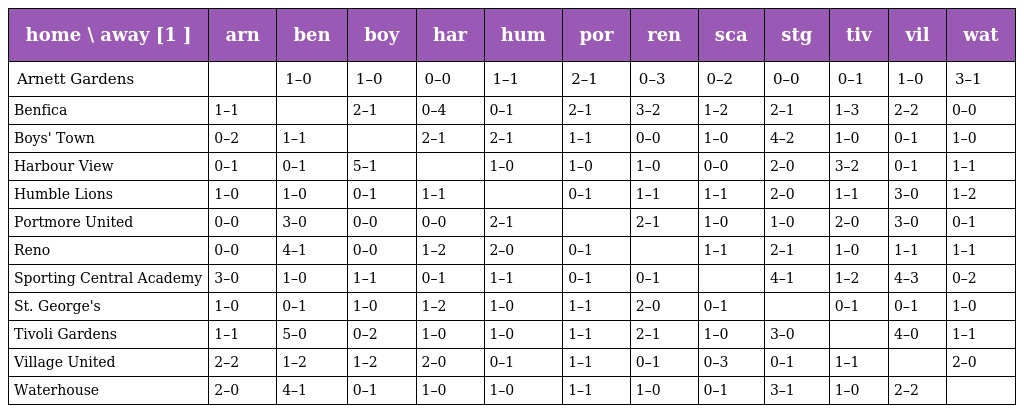
| home \ away [1 ] | arn | ben | boy | har | hum | por | ren | sca | stg | tiv | vil | wat |
 | --- | --- | --- | --- | --- | --- | --- | --- | --- | --- | --- | --- | --- |
 | Arnett Gardens |  | 1–0 | 1–0 | 0–0 | 1–1 | 2–1 | 0–3 | 0–2 | 0–0 | 0–1 | 1–0 | 3–1 |
 | Benfica | 1–1 |  | 2–1 | 0–4 | 0–1 | 2–1 | 3–2 | 1–2 | 2–1 | 1–3 | 2–2 | 0–0 |
 | Boys' Town | 0–2 | 1–1 |  | 2–1 | 2–1 | 1–1 | 0–0 | 1–0 | 4–2 | 1–0 | 0–1 | 1–0 |
 | Harbour View | 0–1 | 0–1 | 5–1 |  | 1–0 | 1–0 | 1–0 | 0–0 | 2–0 | 3–2 | 0–1 | 1–1 |
 | Humble Lions | 1–0 | 1–0 | 0–1 | 1–1 |  | 0–1 | 1–1 | 1–1 | 2–0 | 1–1 | 3–0 | 1–2 |
 | Portmore United | 0–0 | 3–0 | 0–0 | 0–0 | 2–1 |  | 2–1 | 1–0 | 1–0 | 2–0 | 3–0 | 0–1 |
 | Reno | 0–0 | 4–1 | 0–0 | 1–2 | 2–0 | 0–1 |  | 1–1 | 2–1 | 1–0 | 1–1 | 1–1 |
 | Sporting Central Academy | 3–0 | 1–0 | 1–1 | 0–1 | 1–1 | 0–1 | 0–1 |  | 4–1 | 1–2 | 4–3 | 0–2 |
 | St. George's | 1–0 | 0–1 | 1–0 | 1–2 | 1–0 | 1–1 | 2–0 | 0–1 |  | 0–1 | 0–1 | 1–0 |
 | Tivoli Gardens | 1–1 | 5–0 | 0–2 | 1–0 | 1–0 | 1–1 | 2–1 | 1–0 | 3–0 |  | 4–0 | 1–1 |
 | Village United | 2–2 | 1–2 | 1–2 | 2–0 | 0–1 | 1–1 | 0–1 | 0–3 | 0–1 | 1–1 |  | 2–0 |
 | Waterhouse | 2–0 | 4–1 | 0–1 | 1–0 | 1–0 | 1–1 | 1–0 | 0–1 | 3–1 | 1–0 | 2–2 |  |